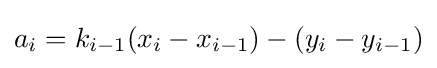
a_{i}=k_{i-1}(x_{i}-x_{i-1})-(y_{i}-y_{i-1})